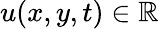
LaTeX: u(x,y,t)\in\mathbb{R}